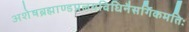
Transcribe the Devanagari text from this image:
अशेषब्रह्माण्डप्रलयविधिनैसर्गिकमतिः